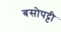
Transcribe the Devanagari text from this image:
बसोपट्टी